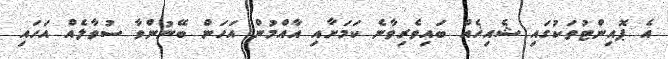
އެ ޕޮއިންޓުތަކުގައި ޝެއިޚެއް ބައިވެރިވާނެ ކަމަށާއި އާއްމުން އަހަން ބޭނުންވާ ސުވާލެއް އަހައި